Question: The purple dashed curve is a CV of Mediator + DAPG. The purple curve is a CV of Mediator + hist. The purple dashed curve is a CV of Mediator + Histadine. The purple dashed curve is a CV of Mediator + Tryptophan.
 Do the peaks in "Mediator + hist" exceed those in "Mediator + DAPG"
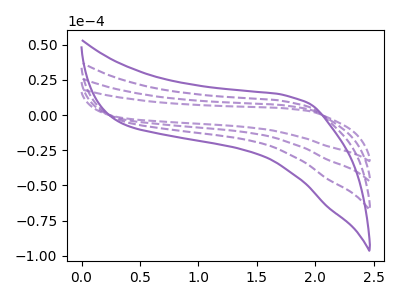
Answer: <think>The purple dashed curve "Mediator + DAPG" has no peaks. The purple curve "Mediator + hist" has no peaks. The purple dashed curve "Mediator + Histadine" has no peaks. The purple dashed curve "Mediator + Tryptophan" has no peaks.</think>
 <answer>Niether CV has any peaks.</answer>
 <eval>blanks</eval>